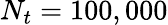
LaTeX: N_{t}=100,000